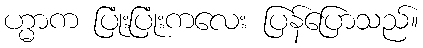
ဟ္မာက ပြုံးပြုံးကလေး ပြန်ပြောသည်။